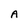
Character: A